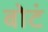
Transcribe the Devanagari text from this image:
बोटं